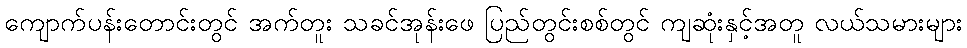
ကျောက်ပန်းတောင်းတွင် အက်တူး သခင်အုန်းဖေ ပြည်တွင်းစစ်တွင် ကျဆုံးနှင့်အတူ လယ်သမားများ